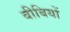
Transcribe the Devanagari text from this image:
बीबियों